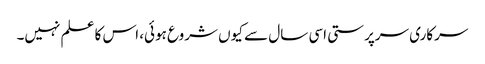
سرکاری سرپرستی اسی سال سے کیوں شروع ہوئی، اس کا علم نہیں۔